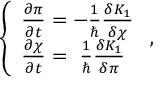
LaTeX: \left\{ \begin{array} { l } { { { \frac { \partial \pi } { \partial t } } = - { \frac { 1 } { \hbar } } { \frac { \delta K _ { 1 } } { \delta \chi } } } } \\ { { { \frac { \partial \chi } { \partial t } } = ~ { \frac { 1 } { \hbar } } { \frac { \delta K _ { 1 } } { \delta \pi } } } } \end{array} \right. ,